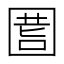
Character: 𡇾